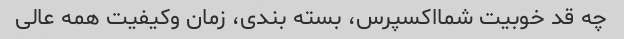
چه قد خوبیت شمااکسپرس، بسته بندی، زمان وکیفیت همه عالی